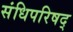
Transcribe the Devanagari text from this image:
संधिपरिषद्